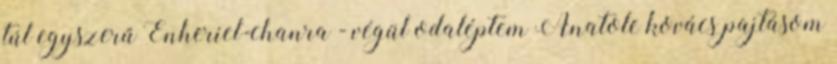
túl egyszerű Enheriel-chanra - végül odaléptem Anatole kovács pajtásom